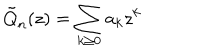
\tilde { Q } _ { n } ( z ) = \sum _ { k \geq 0 } a _ { k } z ^ { k }